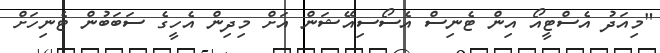
"މިއަދު އެސްޓީއޯ އިން ޓެނިސް އެސޯސިއޭޝަން އަށް މިދިން އެހީގެ ސަބަބުން ޓެނިހަށް